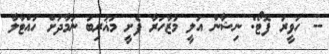
-- ހަވީރު ފޮޓޯ: ނިޝާން އަލީ މުޒާހަރާ ފެށީ މަޣުރިބު ނަމާދަށް ހުއްޓާލާ